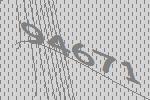
94671